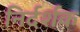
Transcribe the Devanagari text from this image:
निर्दर्शक